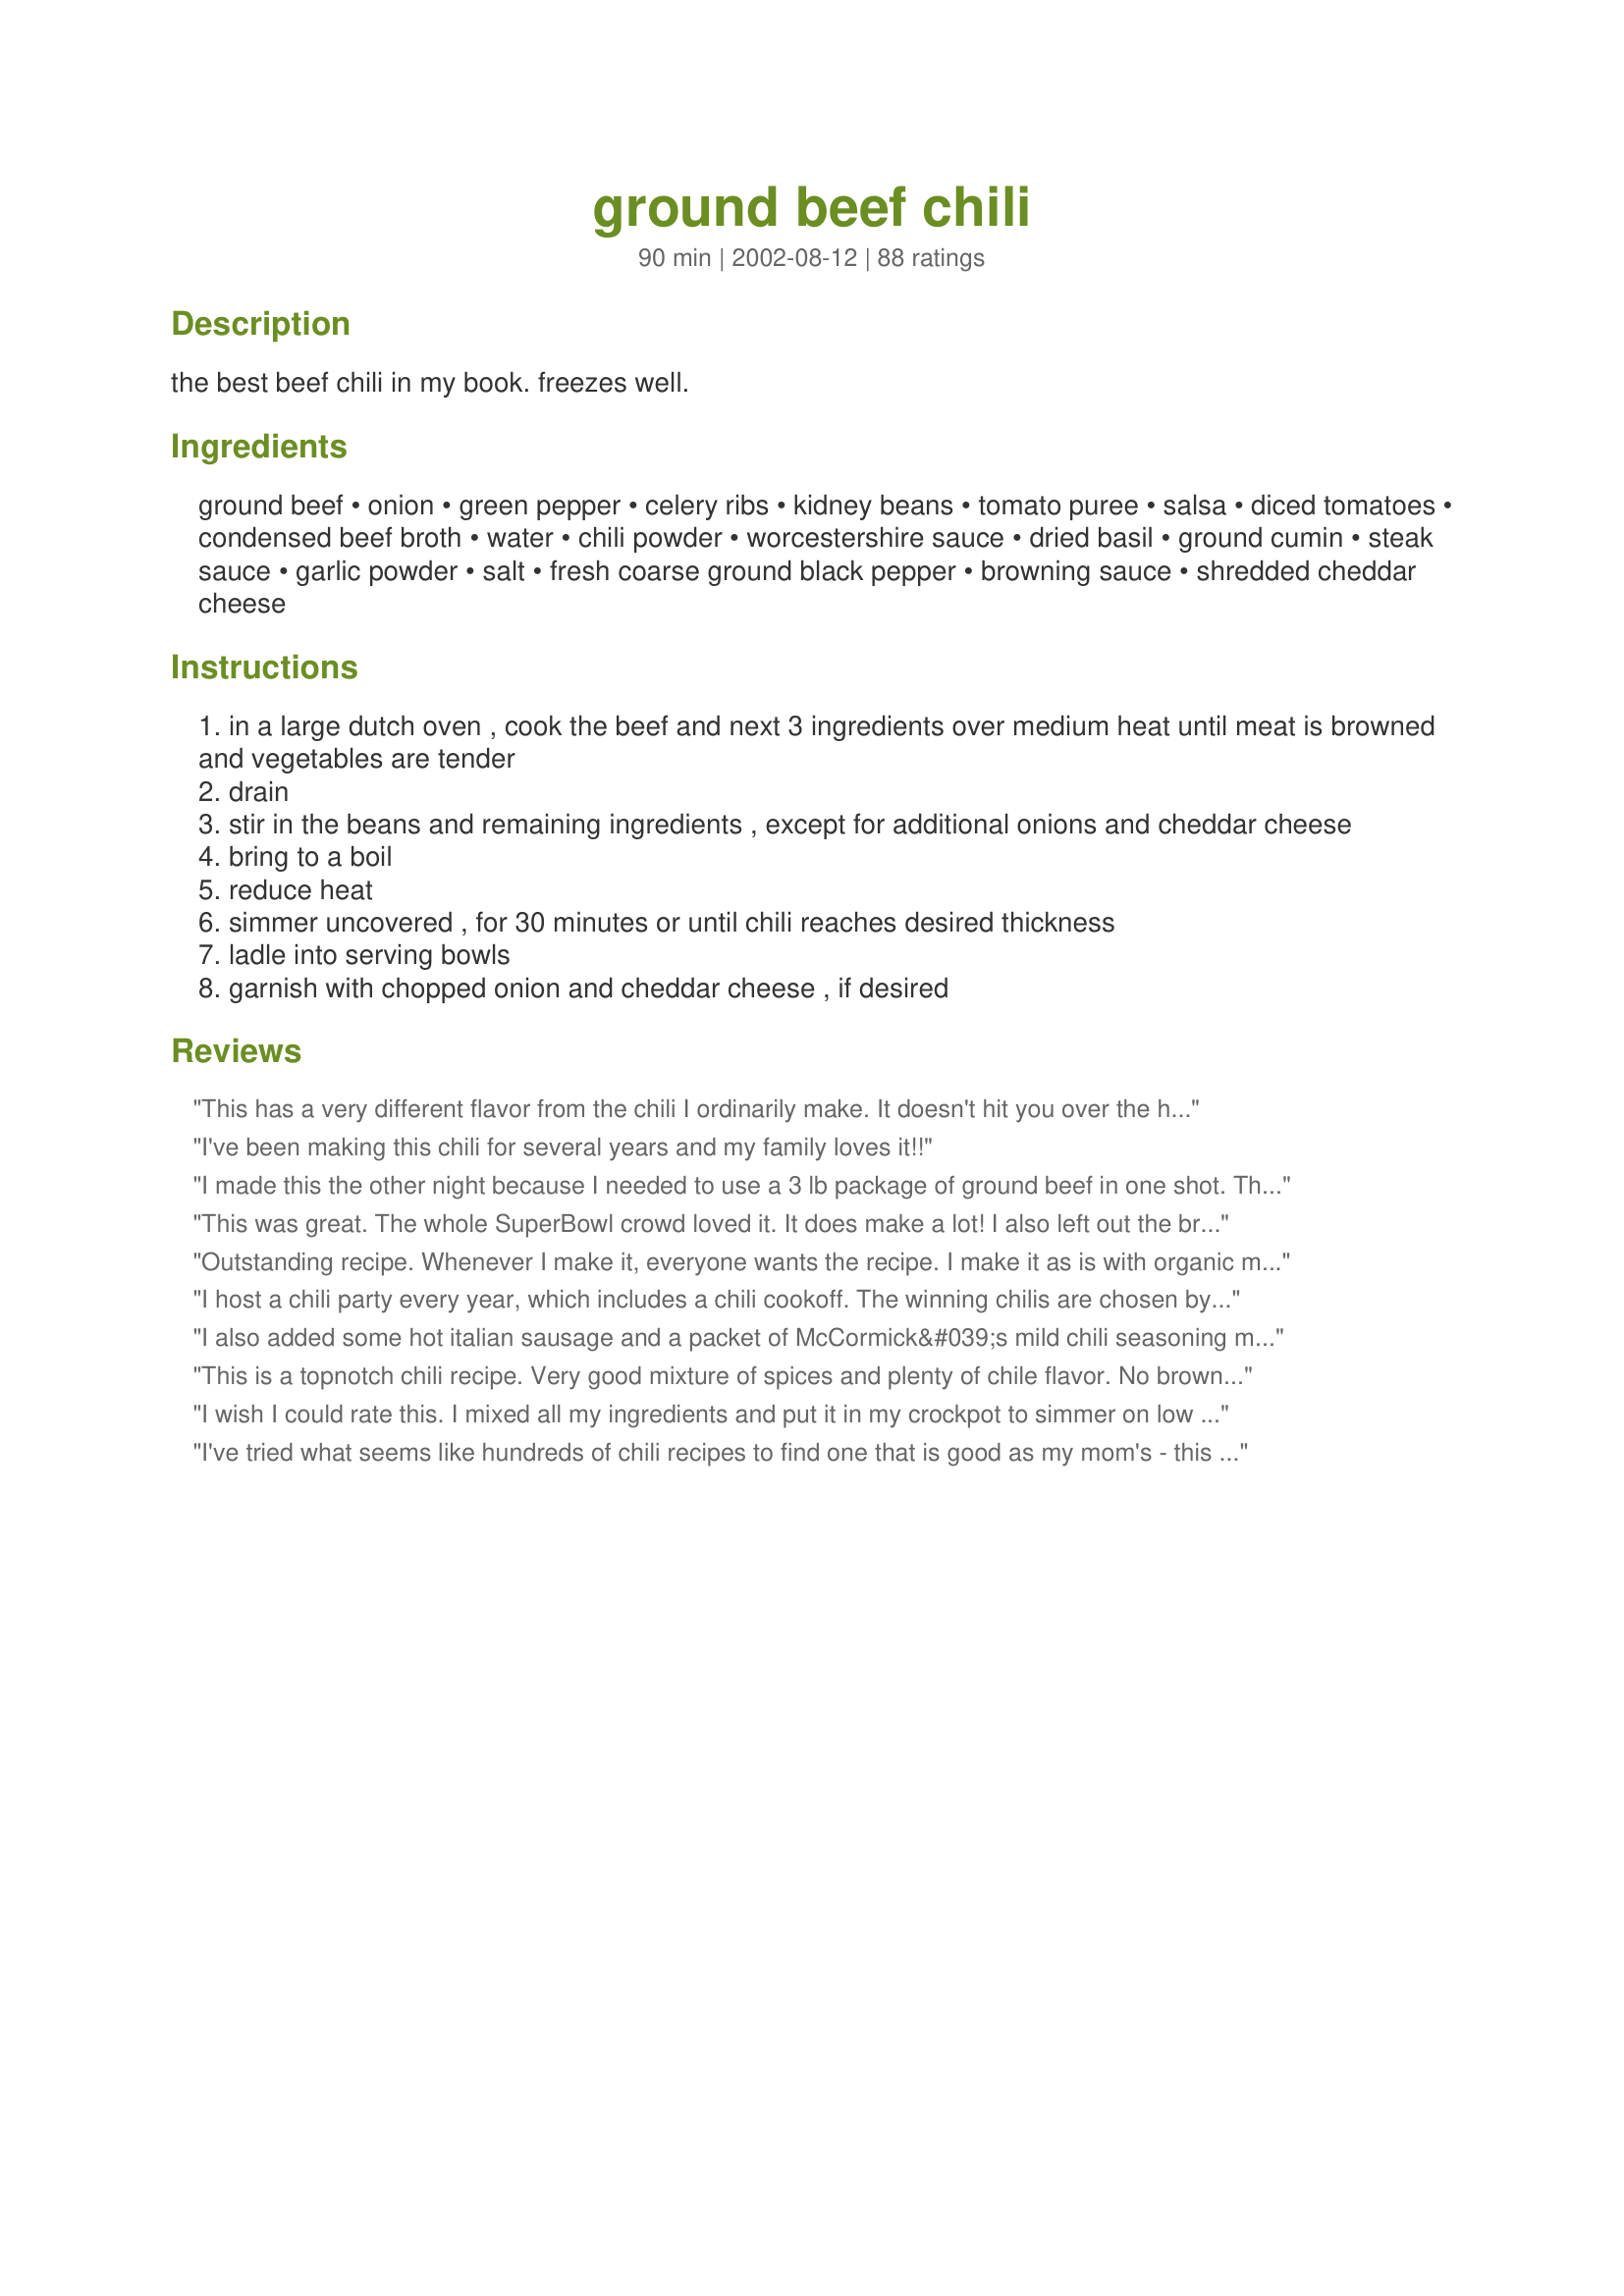
ground beef chili
Preparation time: 90 minutes

the best beef chili in my book. freezes well.

Ingredients:
ground beef, onion, green pepper, celery ribs, kidney beans, tomato puree, salsa, diced tomatoes, condensed beef broth, water, chili powder, worcestershire sauce, dried basil, ground cumin, steak sauce, garlic powder, salt, fresh coarse ground black pepper, browning sauce, shredded cheddar cheese

Steps:
in a large dutch oven , cook the beef and next 3 ingredients over medium heat until meat is browned and vegetables are tender
drain
stir in the beans and remaining ingredients , except for additional onions and cheddar cheese
bring to a boil
reduce heat
simmer uncovered , for 30 minutes or until chili reaches desired thickness
ladle into serving bowls
garnish with chopped onion and cheddar cheese , if desired

Reviews:
This has a very different flavor from the chili I ordinarily make. It doesn't hit you over the head with spice so you can really taste/appreciate the flavors. The second time I made it, I did omit the celery as I did not care for the texture. I make this in big batches in the crockpot and serve it with warm pieces of cornbread. It is a meal my entire family enjoys.
I've been making this chili for several years and my family loves it!!
I made this the other night because I needed to use a 3 lb package of ground beef in one shot. This was a great recipe and very easy. It made a HUGE amount! Plan to freeze most of this unless you have a bigger household, or a very hungry partner. I made the recipe as written and only left out the optional browning sauce. Mainly because this would be a one-use product and I didn't feel like wasting the money on it. I plan to make this again; however, I would likely add some cayenne or jalapenos, or instead change the salsa to medium or hot (I used mild), as there was no heat to this chili at all. I don't like a very spicy/hot chili, but a little heat is nice. Also, I found it to have too much liquid for me. Next time I would probably leave out the water. It seemed I couldn't cook it long enough for some of the liquid to cook off.
This was great. The whole SuperBowl crowd loved it. It does make a lot! I also left out the browning sauce (I don't know what it is either!).
Outstanding recipe. Whenever I make it, everyone wants the recipe. I make it as is with organic medium salsa.
I host a chili party every year, which includes a chili cookoff. The winning chilis are chosen by the rest of the guests, who vote by secret ballot. Now I want someone else to have the party so I can bring this chili and submit it. It's that good. I used ground turkey, fresh basil and three cans of beans. No browning sauce.
I also added some hot italian sausage and a packet of McCormick&#039;s mild chili seasoning mix. The chili was delicious. Topped with shredded cheese and a bit of scallions...it was a hit!
This is a topnotch chili recipe. Very good mixture of spices and plenty of chile flavor. No browning sauce for us either. No idea what that is and it didn't seem necessary. Others have said that this makes a lot and that is true. I froze the leftovers and think that this would be a good once a month cooking recipe. Hearty and very filling. Spicy but not too hot so you can't speak after you take a bit. Thanks.
I wish I could rate this. I mixed all my ingredients and put it in my crockpot to simmer on low at church for an after-church potluck (which goes against better judgement--I didn't get to taste). By the time I fed my child and got to feed myself, it was all gone! And this makes a TON! That doesn't mean it was good :) but I guess I'll have to make it again just to see...
I've tried what seems like hundreds of chili recipes to find one that is good as my mom's - this recipe is it, finally! Mom's recipe, while unbelievably good, takes some serious time and skill. This recipe tastes exactly the same, except it is much easier to make...thanks!!
Made for Zaar CHef Alphabet Soup Jan-June 2013 tag game and this is a winner! I cut the recipe in half and cut the sugar down just a tad and DH and really enjoyed it. Definately a keeper and one I will make again. Thank you for posting.
My dad thinks he is the only one who can make chili that is good. Well I proved him wrong. He was very impressed with this one and wouldn't leave me alone until I gave him the recipe. I like to make him sweat a little. Anyway, the chili has a wonderful hearty, spicy flavor the my entire family thought was excellent. The only chili recipe for us and we have you to thank.
Very good blend of flavors. The only changes I made were to use chili beans instead of kidney beans. I also only used 2 lbs of ground beef and I did sprinkle in red pepper flakes per a previous post. I didn't have browning sauce either so I omitted.<br/><br/>Very simple to make without a lot of measuring. I will definitely be making again and try adding some fresh minced garlic next time.
Good but just a bit too sweet for my taste - may try it again without beans and with different ingredients that reduce the overall sugars. May just be spectacular tomorrow!!
very good chili! i also left out the browning sauce. i put in the 1/4 cup of chili powder hoping it wasn't a typo! (it wasn't - the spices were great.) wish i had lots of leftovers, but our four hungry sons had seconds and we polished it all off in one dinner! we garnished with grated sharp cheddar, sour cream and chopped tomatos.
Very good chili recipe. Just the right amount of spices but not too hot to eat. My son ate 2 big bowls full and he is my pickiest eater. I sprinkled some shredded sharp cheddar cheese on top. Yum-etta. This makes a lot so I froze the left-overs for another time. Thanks for sharing your recipe.
This was very good chili! I added a nice amount of habanero hot sauce because we like chili very spicy. I also devided the ingredients and made two batches one for me without beans and one with, I don't like beans in anything, my husband does not like kidney beans so I used pinto. Served with cornbread and was a very nice meal. My husband loved it!
We really enjoyed this chili. I followed the recipe to a T and the only thing I'll do next time is add a little hot sauce as we are used to a hot kick in the pot! Truely one for the cookbook!
If you want a thick, filling and delicious chili - this is it!! I was a bit lazy... I used frozen "spaghetti" diced vegetables and added that to the chili! Thanks NurseDi for a wonderful chili!
Thank you so much for posting this recipe! It's full flavored and Tasty!
Excellent chilli! Made it for a change of pace from our usual recipe. I scaled it down to one pound of ground beef. I didn't have green pepper or celery. I substituted a can of chopped green chilies & about 2 teaspoons celery seed. I used tomato paste (hopefully that was the same as tomato puree), forgot to put in the salsa & didn't have browning sauce on hand. But even with all the changes it turned out to be a five star for the whole family. I served it Cincinnatti style (over spaghetti noodles) but used egg noodles instead. We'll be making this again soon. Thanks for posting!
Loved it - and I didn't have the chili powder or the Dutch oven! Will definitely be incorporating this one into our meals! Perfect way to watch the Superbowl tonight!
I love this chili. I also made it for a change of pace from my regular recipe. I wont ever go back! I use barbecue sauce instead of steak sauce. Still turns out awesome... I want to thank you so much for this recipe!
Made quite a few minor changes, but I can still say the core recipe I use is this one. We've tried to make chili many times before but someone was always unhappy. This one is a hit (we've made it 3 times already!) with everyone!
Best chili I have had in a long time. I halved the recipe and did not put alot of chili powder in at the start as DH can't handle it. But its easy to add when you warm up a bowl. I love the beef broth in it, makes a huge difference I think. Thanks for posting such a tasty chili dish!!!
tired of the same old chili i made a hudge cornbread cake an poured it over THE BEST it was a hit thank you an also you can change the taste a little by the salsa you like GOOD JOB
This chili is awesome. Best I have ever had. I had my brothers, sister and all their families over so I had a big crowd to feed. This was perfect. Makes lots. Spicy flavor and I set out bowls of chopped onions and shredded cheese for those who wanted to add that on top. Very yummy.
MAKE THIS FOR THE SUPERBOWL PARTY!
We ALL loved this recipe. I made it while making another dish for dinner. (2 birds, 1 stone...) My son tried it and refused to eat the dinner I made. My husband ate dinner, but I caught him at the chili pot several times throughout the evening. This will be a regular on our menu now. (I don't think I have a choice.)
This chili was absolutley wonderful! Thank you for posting it, very simple. I had everything in the kitchen already.
This is the best chili I have ever had. I stuck pretty much to the recipe, but didn't have any green peppers on hand. Regardless, it was extremely good.
This is a great chili recipe. Thank you.
Pretty good but not the chili I'm looking for. Thanks!
Thank you for posting a very easy yet different chili recipe. It had many ingredients I wouldnâ€™t have thought to add- I followed to the T except I added a good shake of crushed red pepper. It is cooking now- but smells great. I did sneak a pre-taste. Very good, canâ€™t wait for it to simmer down.
I can finally stop looking! I've been looking for a beefy, low- acidity chili with good flavor and a small amount of punch. Used to make the copy-cat Wendy's chili but it's too acidic. This was Perfect. I cut this in 1/2 and it still made 9-10 decent bowls. I used chili beans because we prefer those and used Tomato Sauce since I didn't have Puree. I'm so impressed. My 3 and 5 yr old couldn't get enough. They loved it and said "you make the best chili, Mom!" We put Fritos on top, along with shredded cheddar. SO GOOD!! I won't make another recipe.
this chili was great. i made a couple of changes to it. i did't have basil so i added a teaspoon of oregano and also i only had a 1 liter of beef broth so i added the whole carton and omitted the water and the salt. we really liked it and will definitely makes this again. thanx rita
Yum, Yum, Yum! I promise to never go back to packaged chili spices again!
I had this show up on my FB page by another FB Friend. Read the reviews and then followed it somewhat. I only had 1 lb. of beef. I sauteed some red onions, with a little olive oil and some garlic, the kind that comes in a jar and keeps in the fridge, then added the beef. I then added not quite a cup of beef bullion, I used a Knorr's beef cube dissolved in hot water, a can of diced tomatoes that had chili ingredients, a can of Ro-Tel tomatoes that had chipolata and green peppers, and a little sugar. I had no celery or green pepper and we are not fond of beans. Then I only had tomato paste so I added that to thicken the base up. About a 1/2 a can. I added the sugar, a pinch at a time, since the acid from the tomatoes and I do not get along. As you can read this house does not have a number of ingredients, but then my cooking is always a surprise. I was afraid it would be too hot for my husband. I was WRONG! He ate 2 huge bowls. There is a little left for lunch. I now have another easy dish for us as Winter makes its way to Michigan! Thanks for a wonderful, easy recipe!
Best chili I've ever eaten! Great recipe for the whole family.
Everyone loved it! I like that it only takes 30 minutes to simmer once all the ingredients are combined. I did not use green pepper or the browning sauce and used diced tomatoes w/green chilies (instead of regular diced tomatoes) and it was perfect. Thanks!
 This was by far the best chili recipe I have made. I have made so many and have come across a few I liked but this beats them all. this will be the on chili recipe for me for now on. Thanks,
Wow - excellent recipe. My husbands only request when I stated I wanted to try a different recipe was to keep it simple. The flavor is amazing! After reading through the reviews I decided to omit the water as we like a heartier chili. Used a crockpot and although it was still a little thin, it was bowl licking delicious! My quest for the perfect recipe is over!
This is our favorite chili recipe. Wish we could give it twenty stars. Our household can't eat beans, so we replace those with Hunts Petite Diced Tomatoes. Of course this does change the flavor a little, but it is still fab u lous o, and we are very happy Ratherbeswimmin's recipe is so forgiving. Freezes well, too. Gratz to you on an excellent recipe!
THIS IS ONE GREAT CHILI!!! Do not change a thing! I served it with Best Honey Corn Bread and the combination of sweet and savory was real winner!
This was exactly what I was looking for. Delicious. I added about half a bottle of red pepper sauce to it, we like it spicy!
I cooked this in a Rival Oven Roaster at 250 degrees for 2 1/2 hours. I added 1/4 cup ketchup just before turning off the heat, followed with a dash of salt. I have never cooked anything in my life and selected this recipe as my first endeavor because its winter and the rave reviews already provided. All of my staff said this was EXCELLENT, OUTSTANDING, FIVE STAR CHILE. With instructions to bring it again, and again during our winter potlucks. Thanks so much for sharing this recipe.
This made a great pot of chili for Superbowl! I improvised a little with a couple pounds of stew beef (browned, no flour), a pound of ground pork and one of beef, left out the browning sauce and added 1 1/2 tsp unsweetened cocoa powder and people raved about it!!
I let it simmer low for 2-3 hours and it came out wonderfully. I would have loved to have frozen some but there was none left!! Great recipe - and it was my first time making chili!
Yum!
I just made this chili - it is the worst chili I ever tasted. Too much tomato puree, too much chili powder. The tomato puree taste is overpowering & the same for the taste of chili powder. Could there have been a typo re '29 ounce' tomato puree?
After reading the glowing reviews I was excited to make it. But, having just finished eating it this definitely seems only for those with an acquired taste. Waaaaay too tomatoe-y. Taste closer to spaghetti sauce than chile.
I only had a little more than 1 pound of hamburg so pretty much halved the recipe. My son LOVED it! He said it is contest worthy!! I agree with him! Thank you very much for sharing with us!!
Wow, we loved this recipe! Only had one pound of ground beef, so made 1/3 recipe, using black beans. We were so sorry we didn't have any leftovers. Making a full recipe today, using kidney beans AND black beans, and the full 3 lbs. ground beef. Thank you for helping this chili novice make a delicious batch, with the first try!
This recipe was THEE BEST chili I've ever made!! I made it for the first time for a group of 10 people and many said it was the best they ever had! It wasn't too spicy and had just the right amount of zing. I added 1 Tbs. of sugar to make it a bit more savory. Delicious and great heated up the next day! Will definately use this one again! It also was very easy to make as well.
We finally got around to making this I don't know HOW many years after I saved it in my cookbook after finding it on A Taste of Home, but realizing that you'd already posted it. (That sorta didn't come out coherently, did it?) We made it last night to serve tonight, Christmas Eve, while my dad was here, but "vegetarianized" it with MorningStar Farms® Meal Starters Grillers Recipe Crumbles, a ground beef substitute. It was wonderful! Halved the recipe and added 1/2 a seeded and ribbed jalapeno, omitted the celery because we forgot, and used Better Than Bouillon Beef for the condensed beef broth because we couldn't figure out what the latter was. *lol* Added shredded cheddar, onions and a spoon of sour cream to tame the heat - (our salsa was pretty hot by itself). Anyway, we were very happy with this recipe. My husband probably would have been happier with huge chunks of animal in it, but he deferred to me. Again. ;o) Thank you for posting, ratherbeswimmin'... this is a true keeper!
We raked and burned leaves all day Saturday. I made this chili the night before. We had worked up quite an appetite and it really hit the spot. Highly seasoned and very delicious. It makes quite a lot so I froze half for us to have later on. The only ingredient I left out was the browning sauce--not real sure what that is, but the flavor wasn't missing anything.
Great chili! I didn&#039;t have bell pepper or celery or browning sauce, but I did put in a tsp of celery seed. Used 2 pounds of ground beef and 3 cans of kidney beans (two dark, one light). Hasn&#039;t finished cooking yet, but it&#039;s yummy already!!! Great chili and I&#039;m sure my family is going to eat most of it tonight (4 kids, this recipe is great because it makes so much!!).
Every year we make chili for christmas with my hubby's family. This was a huge hit with everyone. We will be making this all year!
Loved this recipe! I had most of the ingredients and it was super easy to make. Made it without the salsa and had just shy of the chili powder measurement and it was still GREAT! Thanks for sharing this. It will be a staple in our family!
I made this chili for our weekly soup night at the in-laws. Everyone loved it and it was very easy to make! This is going to be my go-to chili recipe from now on!
Very good chili. Made the recipe exactly as stated...except I only used two pounds of meat. Just a personal preference. Would make this again in a heartbeat. My husband loved it too. Thanks for another good recipe!!
4 stars because I tweaked it a bit, but that's just for our taste. So, I made this today so we could have it for dinner tonight. Chili is almost always better if it has a while to stew before you eat it (at least I think so). It's on the stove now and my sneak-tastes have me so excited for this! It's just begging for some sour cream on top. Perfect for this gray day.
There are very few people who have contributed to the greater good than NurseDi. Thank you for a Phenomenal Chili recipe. The chili had a level of sophistication and depth in flavor I have not ever created before. Plus it is a very forgiving recipe -- never follow a recipe exactly, but always check your cook books second, after mine ;>)!
Yum! DH, both kids, and I really enjoyed this chili. I followed the recipe for the most part, but scaled it to 8 servings, used 1 pound of lean ground beef, and added a can of drained black beans. The blend of flavors was delicious. I will definitely make this again. Thanks.
Superb chili recipe. My family raved about it. I used 3 cans of kidney beans because we like a lot of beans in our chili. The seasoning was spicy and full-flavored. Very hearty and robust. This is a good recipe for cooking for the freezer too. Thanks for posting.
I was looking for a good new chili recipe recently and came across this. I thought the ingredients list looked good, portion count was good as I like to freeze it for dinners. I wasn&#039;t sure if tomato puree was the same as tomato paste, so I opted to use an 8oz can of paste and a 28oz can of crushed tomatoes as I knew they would complement everything and add some volume. The taste was excellent, not too acidic. I&#039;d never strained beef after browning with onions and bell pepper because the recipe said to and a friend of mine who makes an excellent chili had insisted that it was necessary. I made the one substitution with the puree, I think next time I&#039;ll use a 16oz can of paste and the 28oz can of crushed, I&#039;d add more beans, used 3 small cans of kidney but would definitely use a can of black beans with the 3 cans of kidney beans next time. Might add another tsp of garlic powder but that&#039;s just personal preference as I we all like garlic, otherwise I know if I followed the recipe without exception, I would have been great anyway. I&#039;ll definitely be using this recipe again. I doubt I&#039;ll even keep the old recipe as this one&#039;s exactly what I look for in a chili.
I just made this recipe tonight. Since my husband doesn't east chili, I was going to halve the recipe but I decided not to since you mentioned it freezes well. I made 3 changes. Instead of 1 medium green pepper, I chopped up 1/2 cup of various hot peppers (since I like the heat). Instead of a jar of salsa, I used a can of herbed diced tomatoes, with juices and added an extra 5.5 oz can of tomato puree. Finally, instead of kidney beans, I used mixed beans instead for variety. I also omitted the salt since there was some in the diced tomatoes. I loved it! I put a bit of grated cheddar cheese on top. Thank you for sharing this wonderful recipe. It is definitely going in my book!
My family loved this. I made it for dinner and I was able to freeze half for next weekend. Love that it made enough for leftovers. It was easy, and like a few others I had never used a browning sauce but I found it in the supermarket. I&#039;m not sure what it did but the chili had great flavor, was perfect for me and my daughter but of course my husband added extra chili sauce to his. No fault of the recipe, he does that with everything. I will make this again, now that we are coming into the cooker weather.n
Very tasty Chili recipe, I made a few changes as I didnt have 3 lbs of ground beef.
I used half the amount of beef, the 2 cans of kidney beans, a 300 gram can of tomato puree, a 300 gram jar of salsa, approx 3/4 cup beef stock, only 1 tsp chili powder (we dont like it super hot) and about 1/2 cup of water.
And just used the grated cheese for one of the options.
This fed 4 happy adults with enough left over for 2 lunches. Mine being one!
Will definitely make this again and freeze as suggested (thought Id do a big batch and take it camping)
Thanks for posting.
Very good recipe. This is what chili is supposed to taste like! I subsituted the concentrated beef broth with reduced veal stock also known as glace. For this recipe I cut a 1/2 inch strip off of the 1 lb slab. Note: You will not need broth, browning sauce or steak sauce in this recipe if you use reduced veal stock. This is simply no subsituting the superior flavor of real beef stock. You can find it at gourmet grocery markets. Also, the recipe instructs you to brown the celery, green pepper, and onion with the meat. This is incorrect. You should saute this in a seperate saute pan, and brown the meat in the dutch oven. Fantastic taste and some left to freeze. Thanks for the recipe I couldnt have done it without you!
LOVED this Chili...
I added 2 pork chops to the mix and let it break down over a long simmer. I also used fire roasted crushed tomato instead of the puree. I also subbed a red pepper for the green in the recipe. I like a bit more spice...so I chopped up a hot pepper and added a splash of hot sauce too. Put in a bay leaf and a bit of fresh basil, just a bit of corn...and topped off with Cilantro from the garden. Served with "Sweet Jiffy Spoon Bread" #231446
Fantastic!!!
I just made this today and it was wonderful. I make chili all the time, usually in the crock pot but wanted to give this a try due to all the reviews. My whole family ate it up, and I have two kids that are very picky. I gave them fritos to dip in and topped it off with sour cream. It was so flavorful, I did the recipe to a "T" except the browning sauce because we couldn't find it. I highly recommend this chili, I can't wait to have it for lunch tomorrow. Thanks for sharing this!!
This is the best chili ever!! I doubled the recipe and served it to a crowd after golf. Everyone raved about it and i've made it several times since then. Freezes beautifully...just try it...lot's of ingredients but worth the effort. Thanks for this awesome chili recipe!!
I made a big pot and we ate this chili for days in several ways. It was really good. The reason why it didn't get 5 stars is because we like our chili to be thicker above and beyond just cooking it longer, plus we like it with some bite and tanginess. However, I would recommend this chili to others. Thank you!
I made this a while ago and I'm making it again tonight. Guess I forgot to review it! Really good chili. My kid - who is not a big fan of chili - really liked it, so that's good enough for me.
Thanks!
My family really liked the chili recipe. I went exactly by the recipe and it was wonderful. Had some left over for the weekend. Thanks for sharing the recipe.
I never use to eat chili yet I love this chili! I've made it over two dozen times since I tried it several years ago. I don't always follow exactly as I use what I have on hand. I usually use red pepper instead of green. I also use both crushed and diced tomatoes for contrast. Dried beans are healthier so I usually soak a bag of little red beans overnight as I'm not a fan of kidney beans. If I'mm in a hurry canned chili beans and black beans work great. Browning sauce is a must. Makes a great freezer meal,.
I've made this several times, including for a chil cookoff. It never fails to be a hit. I omit the water rather than having to cook it off later, and use three cans of beans... red, dark red and white for variety.
This chili had a wonderful flavor. My whole family loved it. It is much better than my standard chili recipe. The only thing that I changed is I added 1 TBS sugar. Thanks NurseDi for posting this "keeper" recipe!
This is my favorite go to chili recipe. Makes enough to freeze half in Mason jars so you always have something on hand for a friend in need. Enjoy serving it with shredded cheese, green onions &amp; Fritos crushed on top!
This is a wonderful chili recipe! I followed your recipe to a t- and it turned out perfect. For anyone that want's to know you can find the browning sauce near the steak sauce in your grocery store; it goes by the name kitchen bouquet and is used alot for gravy and bring the flavor out of meat.
I ended up preparing this receipe 5 times during the holidays for different events. Wonderful!!!! It is definitely a keeper.
Followed the recipe very carefully. Chili was good, but seemed a little bland for my taste. I&#039;m on the hunt for a nice think, full of flavor type chili. This Chili was good, but no as much flavor as I would like.

Any one have any suggestions as to a nice hearty chili with lots and lots of flavor please let me know. I probably won&#039;t use this recipe again.
Best ground beef chili ever made, the flavor was excellent!
Hands down, the best chili i've ever eaten! My family raved about the flavor! i followed the recipe percisely & was very pleased. thx for sharing this excellent recipe.
Awesome, awesome, awesome!!! Would not change a thing. I am entering this into a chili cookoff next weekend - sure to be a winner! Won second place in the cook off - knew it would!! Thanks for a great recipe!
I loved this, but my husband said he likes my plain ol' basic chili recipe better--I could hardly believe it! I'll make this once in awhile anyway. Delicious!
Outstanding! Made if for my daughter's first birthday party. Everyone loved it. Goes well with scoops chips.
This recipe made excellent chili! It is very flavorful without being spicy hot, which is what I like. I made as posted except I did not add the celery ~ just personal preference ~ or the browning sauce. It makes a ton of chili and this recipe would be perfect for potlucks or big gatherings. Thanks for posting!
Delicious!
